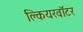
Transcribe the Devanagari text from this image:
क्लियरवॉटर